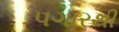
પગારથી